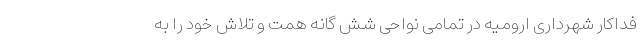
فداکار شهرداری ارومیه در تمامی نواحی شش گانه همت و تلاش خود را به